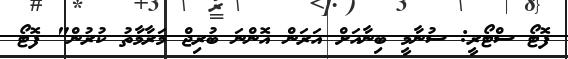
ފޮޓޯ ސްޓޯރީ: ސުނާމީ ބިނާއަށް އަރަން އޮންނަ ބުރިޖް މަރާމާތު ކުރުން" ފޮޓޯ